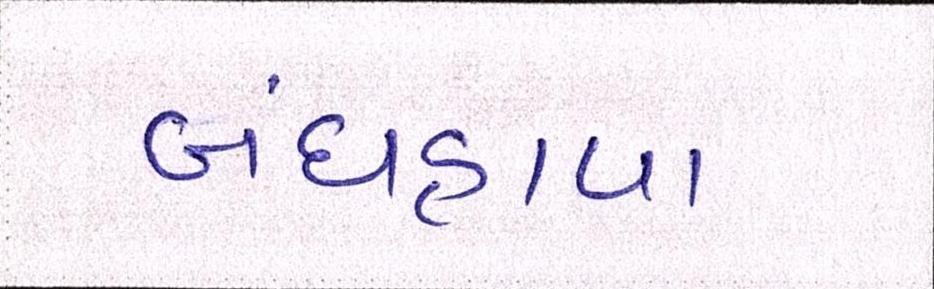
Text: બંધહાપા